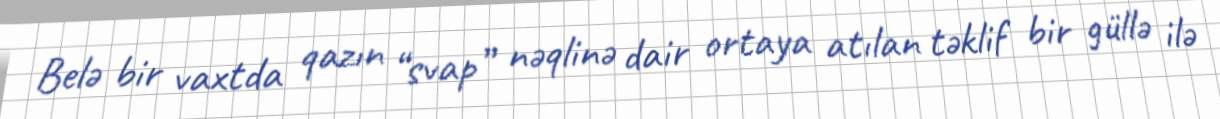
Belə bir vaxtda qazın “svap” nəqlinə dair ortaya atılan təklif bir güllə ilə